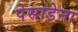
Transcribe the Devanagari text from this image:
पेसाडेना